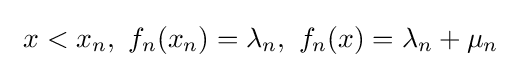
\,\,x<x_{n},\,\,f_{n}(x_{n})=\lambda _{n},\,\,f_{n}(x)=\lambda _{n}+\mu _{n}